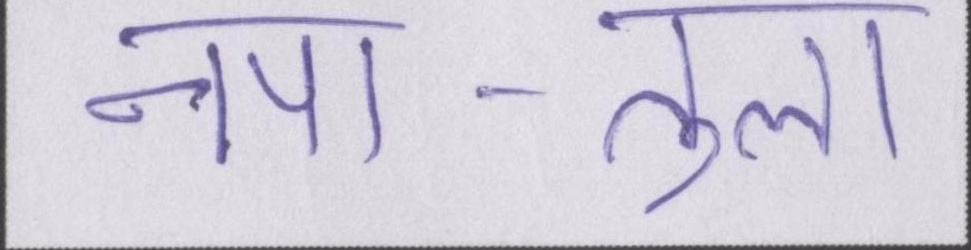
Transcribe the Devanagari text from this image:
नपा-तुला